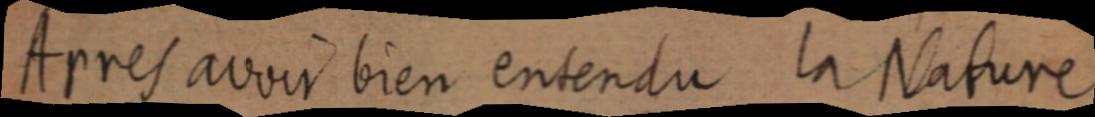
Apres avoir bien entendu la Nature